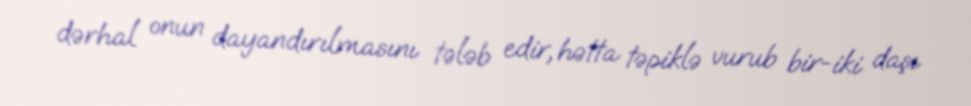
dərhal onun dayandırılmasını tələb edir, hətta təpiklə vurub bir-iki daşı